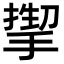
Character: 𫽬